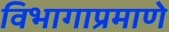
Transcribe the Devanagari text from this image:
विभागाप्रमाणे